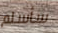
سأسلم